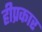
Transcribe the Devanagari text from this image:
हीप्रकार